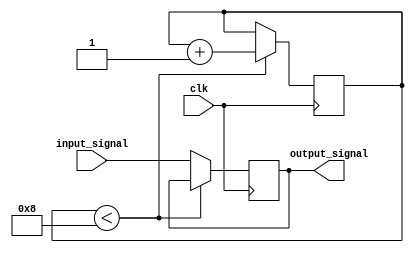
module BufferDelay (
    input wire clk,
    input wire input_signal,
    output reg output_signal
);

reg [7:0] delay_counter;

always @(posedge clk) begin
    if (delay_counter < 8) begin
        delay_counter <= delay_counter + 1;
    end else begin
        output_signal <= input_signal;
    end
end

endmodule